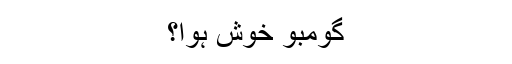
گومبو خوش ہوا؟